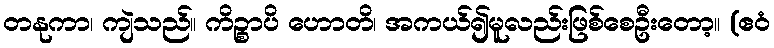
တနုကာ၊ ကျဲသည်။ ကိဉ္စာပိ ဟောတိ၊ အကယ်၍မူလည်းဖြစ်စေဦးတော့။ (ဧဝံ